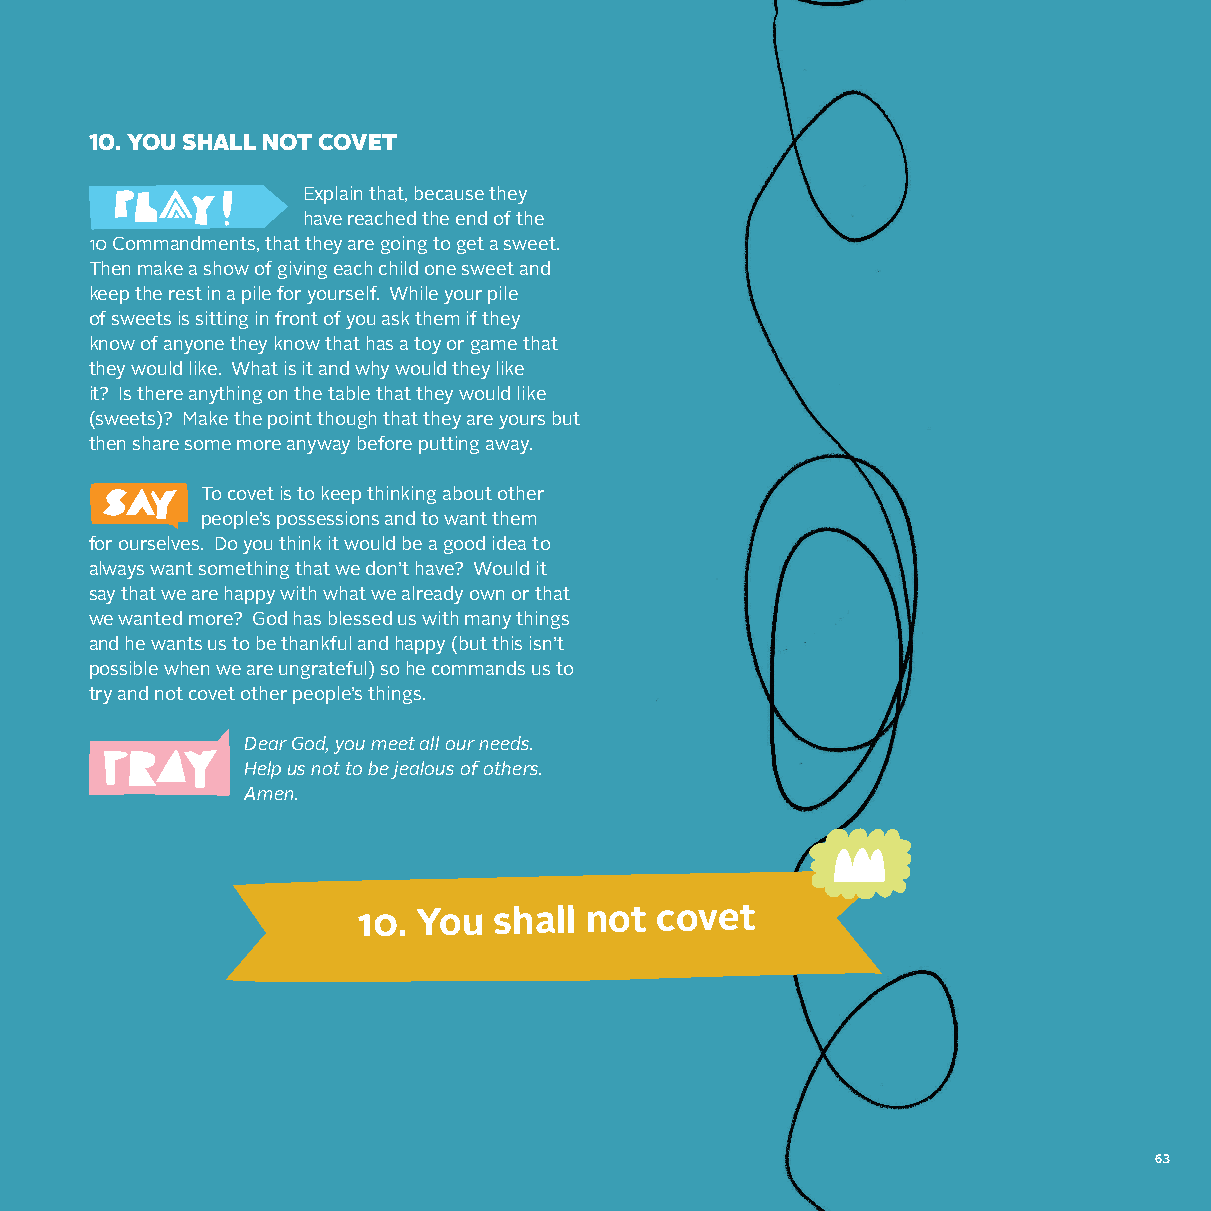
10. YOU SHALL NOT COVET
 Explain that, because they
 have reached the end of the
 10 Commandments, that they are going to get a sweet.
 Then make a show of giving each child one sweet and
 keep the rest in a pile for yourself. While your pile
 of sweets is sitting in front of you ask them if they
 know of anyone they know that has a toy or game that
 they would like. What is it and why would they like
 it? Is there anything on the table that they would like
 (sweets)? Make the point though that they are yours but
 then share some more anyway before putting away.
 To covet is to keep thinking about other
 people’s possessions and to want them
 for ourselves. Do you think it would be a good idea to
 always want something that we don’t have? Would it
 say that we are happy with what we already own or that
 we wanted more? God has blessed us with many things
 and he wants us to be thankful and happy (but this isn’t
 possible when we are ungrateful) so he commands us to
 try and not covet other people’s things.
 Dear God, you meet all our needs.
 Help us not to be jealous of others.
 Amen.
 10. You  shall not covet
 63